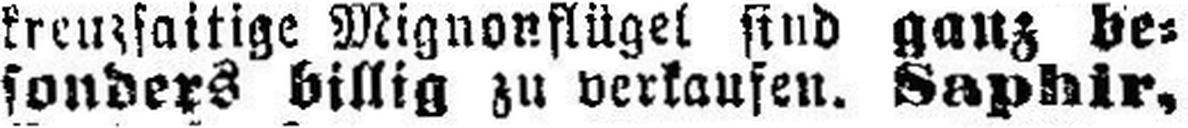
sonders billig zu verkaufen. Saphir,